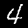
Digit: 4